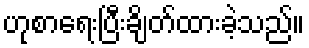
ဟုစာရေးပြီးချိတ်ထားခဲ့သည်။